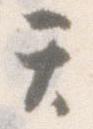
テ